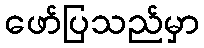
ဖော်ပြသည်မှာ